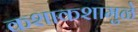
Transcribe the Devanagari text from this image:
कशाकशामुळे